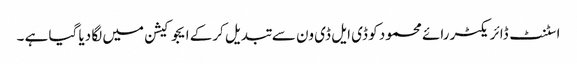
اسٹنٹ ڈائریکٹر رائے محمود کو ڈی ایل ڈی ون سے تبدیل کرکے ایجوکیشن میں لگا دیا گیا ہے ۔